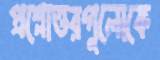
প্রশ্নোত্তরগুলোকে